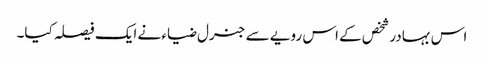
اس بہادر شخص کے اس رویے سے جنرل ضیاء نے ایک فیصلہ کیا۔